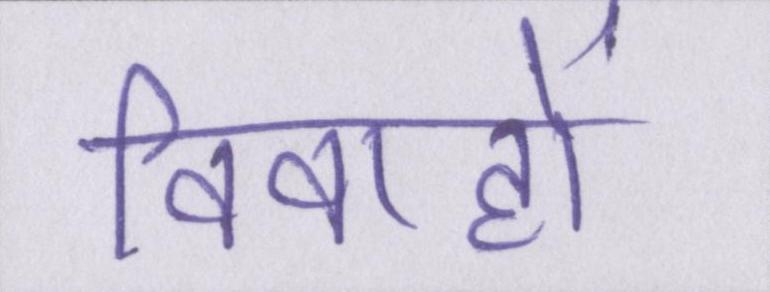
विवाहों